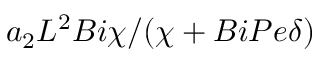
a _ { 2 } L ^ { 2 } { B i } \chi / ( \chi + { B i } { P e } \delta )